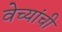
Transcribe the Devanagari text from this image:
वेच्यांची